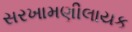
સરખામણીલાયક